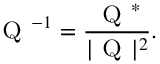
{ \textsc { Q } } ^ { - 1 } = \frac { { \textsc { Q } } ^ { * } } { \vert { \textsc { Q } } \vert ^ { 2 } } .